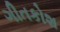
ગીતકોશ